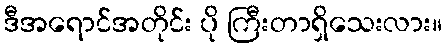
ဒီအရောင်အတိုင်း ပို ကြီးတာရှိသေးလား။